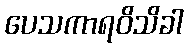
ပေသကာရဝိသိခါ